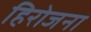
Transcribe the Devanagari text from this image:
हिरोजना